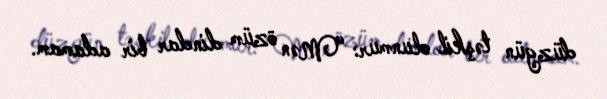
düzgün təşkil olunmur: “Mən özüm dindar bir adamam.